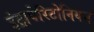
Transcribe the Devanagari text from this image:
इंट्रापेरिटोनियम